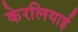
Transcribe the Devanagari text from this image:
केरलियाई